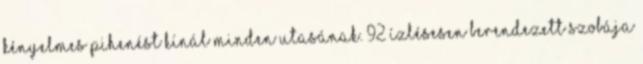
kényelmes pihenést kínál minden utasának. 92 ízlésesen berendezett szobája